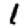
Digit: 1